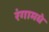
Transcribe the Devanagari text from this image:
रंगामधे